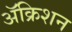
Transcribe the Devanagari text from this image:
ॲक्रिशन